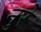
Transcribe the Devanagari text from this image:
नुरे